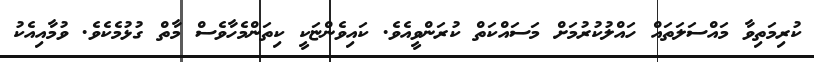
ކުރިމަތިވާ މައްސަލަތައް ހައްލުކުރުމަށް މަސައްކަތް ކުރަންވީއެވެ. ކައިވެންޏަކީ ކިތަންމެހާވެސް މާތް ގުޅުމެކެވެ. ވުމާއިއެކު